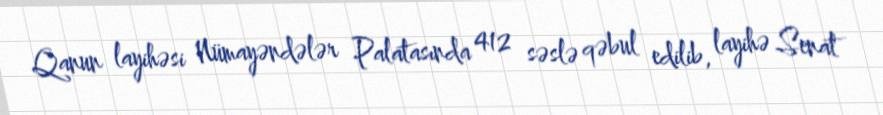
Qanun layihəsi Nümayəndələr Palatasında 412 səslə qəbul edilib, layihə Senat